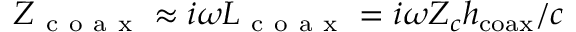
Z _ { \mathrm { ~ c ~ o ~ a ~ x ~ } } \approx i \omega L _ { \mathrm { ~ c ~ o ~ a ~ x ~ } } = i \omega Z _ { c } h _ { \mathrm { c o a x } } / c